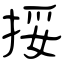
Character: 挼